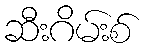
ဆီးဂိမ်းစ်